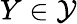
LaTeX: Y\in\mathcal{Y}